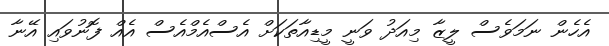
އެހެން ނަމަވެސް ލީޒާ މިއަދު ވަނީ މީޑިއާތަކަށް އެސްއެމްއެސް އެއް ފޮނުވައި އޭނާ